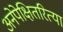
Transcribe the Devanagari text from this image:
अनेपेक्षितरित्या